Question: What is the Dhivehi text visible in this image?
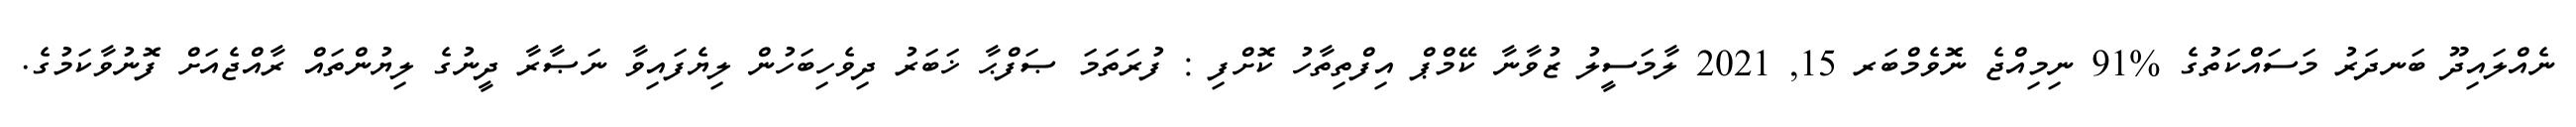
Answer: ނެއްލައިދޫ ބަނދަރު މަސައްކަތުގެ %91 ނިމިއްޖެ ނޮވެމްބަރ 15, 2021 ލާމަސީލު ޒުވާނާ ކޭމްޕް އިފްތިތާހު ކޮށްފި : ފުރަތަމަ ޞަފްޙާ ޚަބަރު ދިވެހިބަހުން ލިޔެފައިވާ ނަޞާރާ ދީނުގެ ލިޔުންތައް ރާއްޖެއަށް ފޮނުވާކަމުގެ.